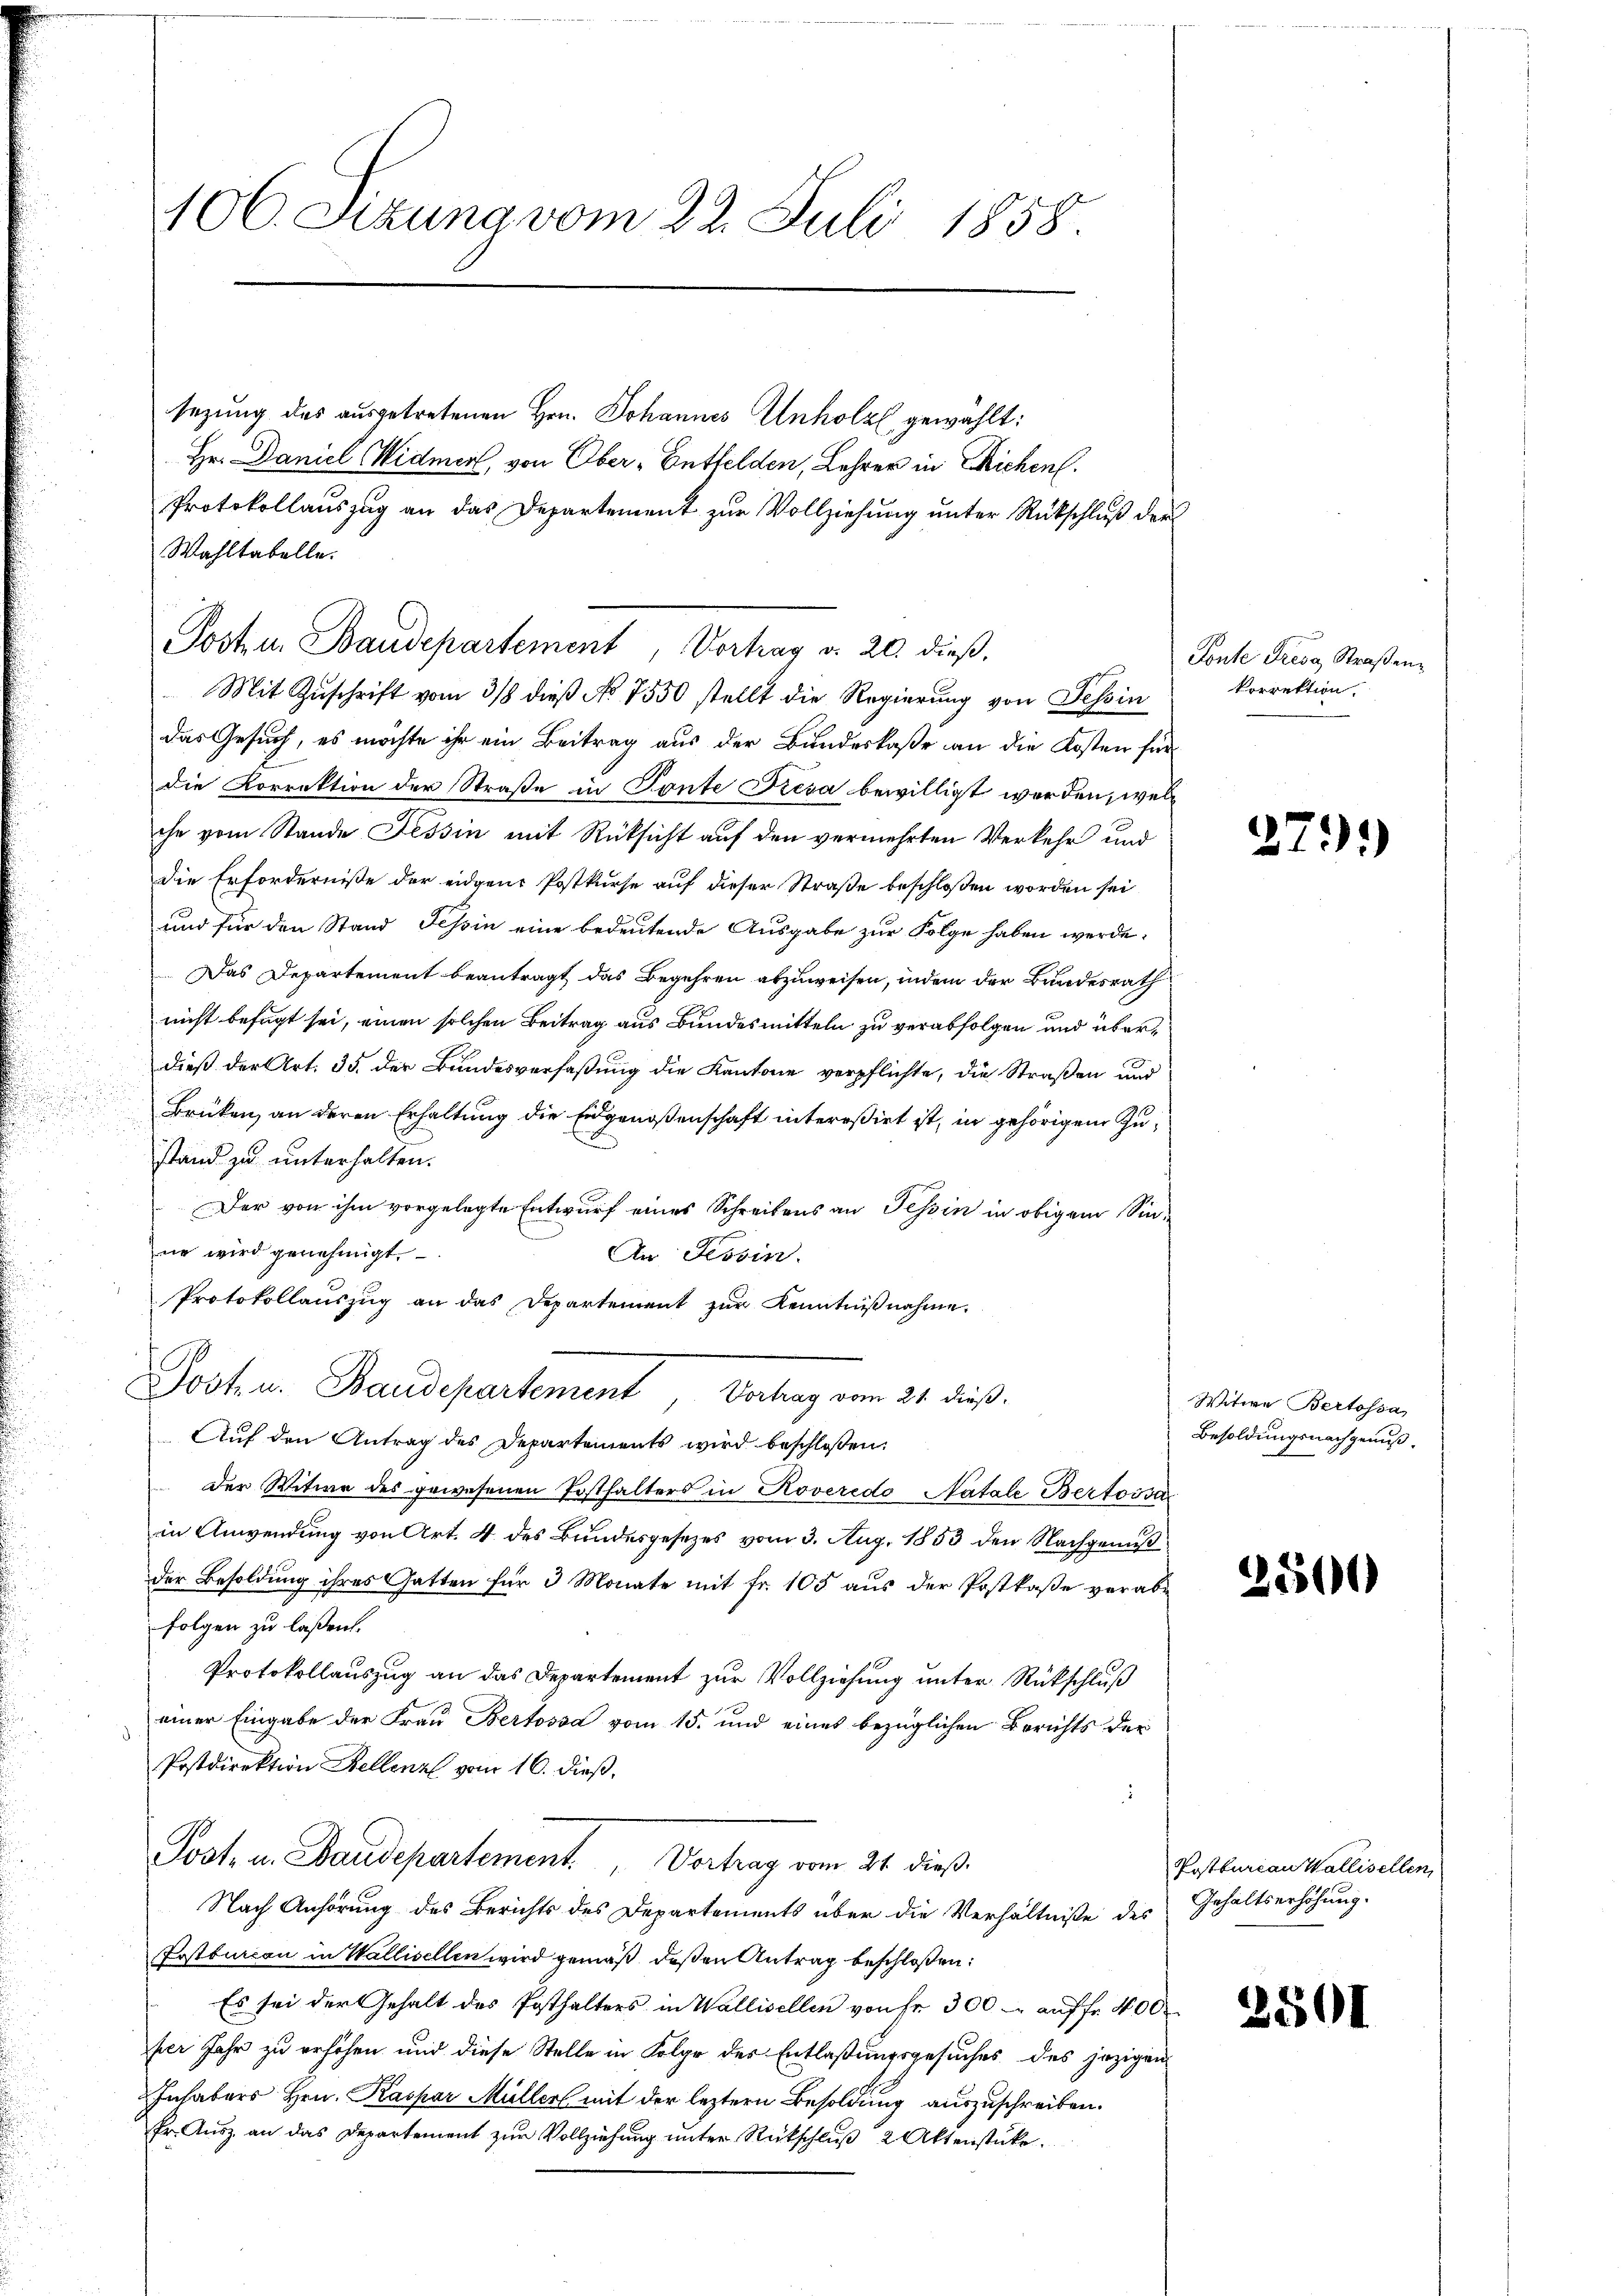
u

106. Sizung vom 22. Juli 1858.

sezung des ausgetretenen Hrn. Johannes Unholz gewählt:
Hr. Daniel Widmer, von Ober-Entfelden, Lehrer in Richen.
Protokollauszug an das Departement zur Vollziehung unter Rückschluß der
Wahltabelle.
Posten. Baudepartement, Vortrag d. 20. dieβ.
das Gesuch, es möchte ihr ein Beitrag aus der Bundeskaße an die Kosten für
die Korrektion der Straße in Tonte Fresa bewilligt werden, welche vom Stande Tessin mit Rücksicht auf den vermehrten Verkehr und
die Erforderniße der eidgene Postkurse auf dieser Straße beschloßen worden sei
und für den Stand Tessin eine bedeutende Ausgabe zur Folge haben werde.
Das Departement beantragt das Begehren abzuweisen, indem der Bundesrath
nicht befugt sei, einen solchen Beitrag aus Bundesmitteln zu verabfolgen und überdieß der Art. 35. der Bundesverfaßung die Kantone verpflichte, die Straßen und
Brüken, an deren Erhaltung die Eidgenoßenschaft intereßirt ist, in gehörigen Zustand zu unterhalten.
Der von ihm vorgelegte Entwurf eines Schreibens an Tessin in obigem Sinne wird genehmigt.
An Tessin.
Protokollauszug an das Departement zur Kenntniβnahme.
Post u. Baudepartement, Vortrag vom 21. dieß.
Auf den Antrag des Departements wird beschloßen:
der Witwe des gewesenen Posthalters in Roveredo Natale Bertoisa
in Anwendung von Art. 4 des Bundesgesezes vom 3. Aug. 1853 den Nachgenuß
der Besoldung ihres Gatten für 3 Monate mit fr. 105 aus der Postkase verabfolgen zu laßen.
Protokollauszug an das Departement zur Vollziehung unter Rückschluß
einer Eingabe der Frau Bertossa vom 15. und eines bezüglichen Berichts der
Postdirektion Kellenz vom 16. dieß,
Post. in Baudepartement. Vertrag vom 24. dieß
Nach Anhörung des Berichts des Departements über die Verhältniße des Gehaltserhöhung.
Postburcan in Wallisellen wird gemäß deßen Antrag beschloßen:
Es sei der Gehalt des Posthalters in Wallisellen von fr. 300 - auf fr. 400
per Jahr zu erhöhen und diese Stelle in Folge des Entlaßungsgesuches des jezigen
Inhabers Hrn. Kaspar Müllerl mit der leztern Besoldung auszuschreiben.
fr. Ausz an das Departement zŭr Vollziehung unter Rückschlŭβ 2 Aktenstüke

Mit Zuschrift vom 3/8 dieß No 7550 stellt die Regierung von Tessin

Ponte Frede Straßenz
korrektion.

27)

Witwe Bertossa
Besoldungsnachgenuß

2500

Postbureau Wallisellen,

2501